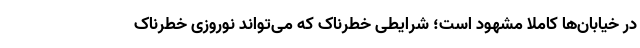
در خیابان‌ها کاملا مشهود است؛ شرایطی خطرناک که می‌تواند نوروزی خطرناک